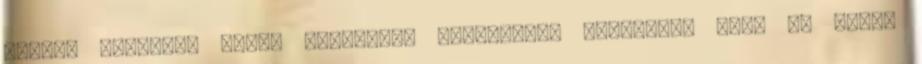
hattyú halálát, mikor készüllek könyörögve megkérni, légy az enyém